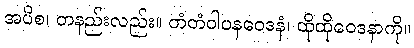
အပိစ၊ တနည်းလည်း။ တံတံဝါပနဝေဒနံ၊ ထိုထိုဝေဒနာကို။